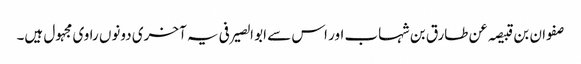
صفوان بن قبیصہ عن طارق بن شہاب اور اس سے ابو الصیرفی یہ آخری دونوں راوی مجہول ہیں۔